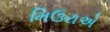
મિઉરાએ